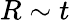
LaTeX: R\sim t